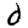
Digit: 0